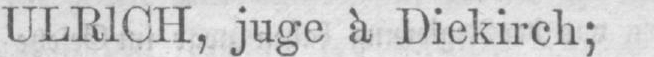
ULRICH, juge à Diekirch;